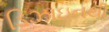
ડિઝાઇનથી